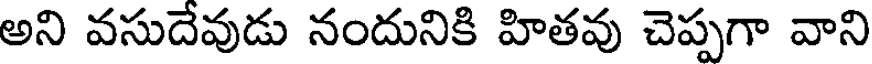
అని వసుదేవుడు నందునికి హితవు చెప్పగా వాని